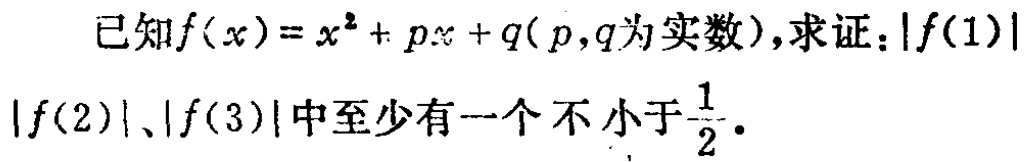
已知\(f(x)=x^{2}+px + q(p,q为实数)\)，求证：\(\vert f(1)\vert\)、\(\vert f(2)\vert\)、\(\vert f(3)\vert\)中至少有一个不小于\(\frac{1}{2}\)。